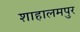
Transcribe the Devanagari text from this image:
शाहालमपुर